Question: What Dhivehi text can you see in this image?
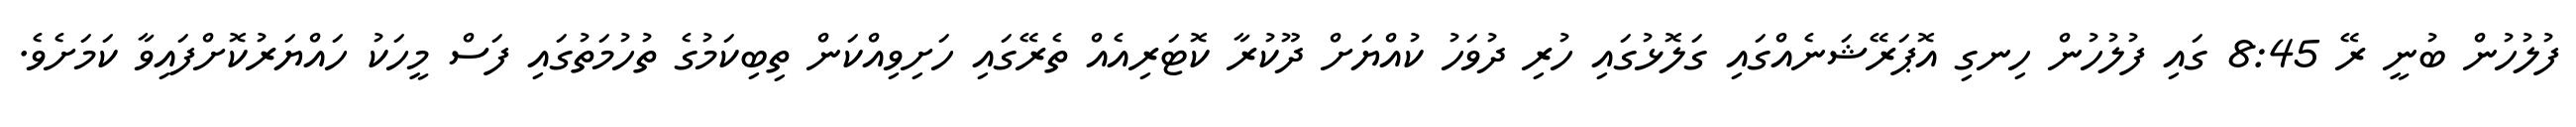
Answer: ފުލުހުން ބުނީ ރޭ 8:45 ގައި ފުލުހުން ހިނގި އޮޕަރޭޝަނެއްގައި ގަލޮޅުގައި ހުރި ދުވަހު ކުއްޔަށް ދޫކުރާ ކޮޓަރިއެއް ތެރޭގައި ހަށިވިއްކަން ތިބިކަމުގެ ތުހުމަތުގައި ފަސް މީހަކު ހައްޔަރުކޮށްފައިވާ ކަމަށެވެ.